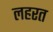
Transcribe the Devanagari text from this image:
लहरत